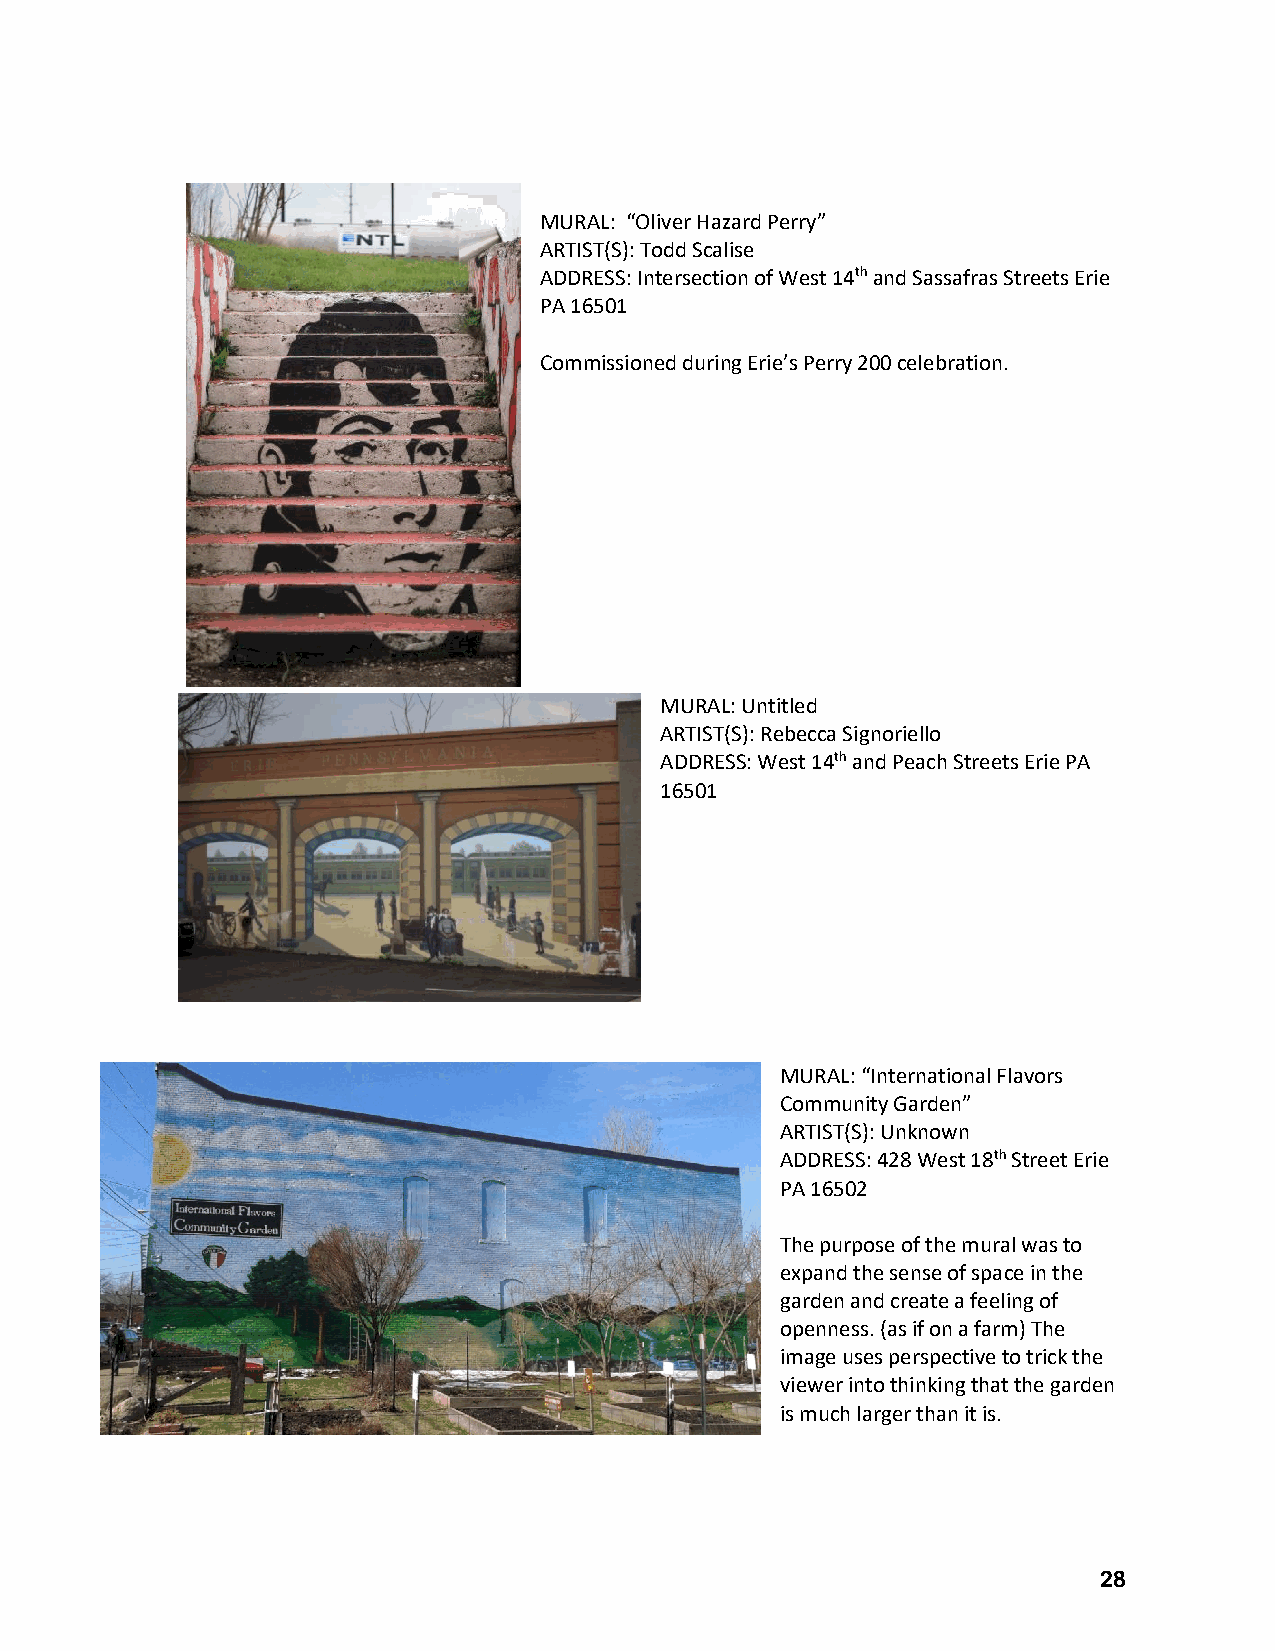
MURAL: “Oliver Hazard Perry”
 ARTIST(S): Todd Scalise
 ADDRESS: Intersection of West 14th and Sassafras Streets Erie
 PA 16501
 Commissioned during Erie’s Perry 200 celebration.
 MURAL: Untitled
 ARTIST(S): Rebecca Signoriello
 ADDRESS: West 14th and Peach Streets Erie PA
 16501
 MURAL: “International Flavors
 Community Garden”
 ARTIST(S): Unknown
 ADDRESS: 428 West 18th Street Erie
 PA 16502
 The purpose of the mural was to
 expand the sense of space in the
 garden and create a feeling of
 openness. (as if on a farm) The
 image uses perspective to trick the
 viewer into thinking that the garden
 is much larger than it is.
 28